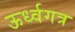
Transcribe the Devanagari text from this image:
ऊर्ध्वगत्र